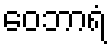
ဝေဘာရံ